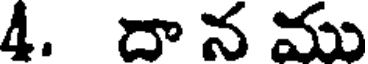
4. దా న ము